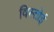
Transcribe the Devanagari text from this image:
विस्तोई